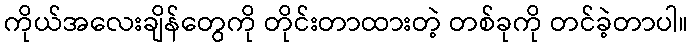
ကိုယ်အလေးချိန်တွေကို တိုင်းတာထားတဲ့ တစ်ခုကို တင်ခဲ့တာပါ။